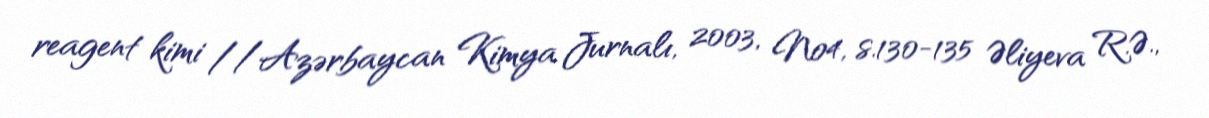
reagent kimi //Azərbaycan Kimya Jurnalı, 2003, №4, s.130-135 Əliyeva R.Ə.,